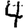
Digit: 4